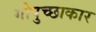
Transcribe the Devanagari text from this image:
गोपुच्छाकार